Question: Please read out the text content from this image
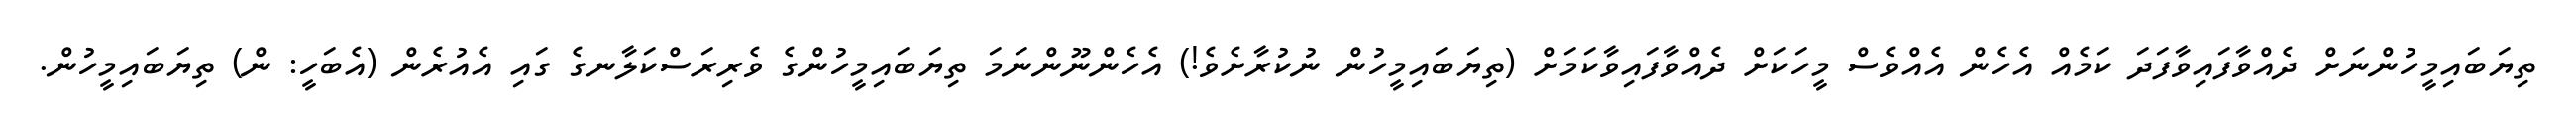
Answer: ތިޔަބައިމީހުންނަށް ދެއްވާފައިވާފަދަ ކަމެއް އެހެން އެއްވެސް މީހަކަށް ދެއްވާފައިވާކަމަށް (ތިޔަބައިމީހުން ނުކުރާށެވެ!) އެހެންނޫންނަމަ ތިޔަބައިމީހުންގެ ވެރިރަސްކަލާނގެ ގައި އެއުރެން (އެބަހީ: ން) ތިޔަބައިމީހުން.